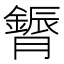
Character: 𮍈